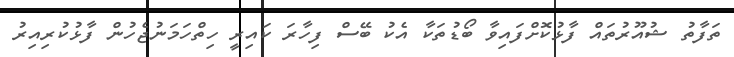
ތަފާތު ޝުއޫރުތައް ފާޅުކޮށްފައިވާ ބޯޑުތަކާ އެކު ބޭސް ފިހާރަ ކައިރީ ހިތްހަމަނުޖެހުން ފާޅުކުރިއިރު